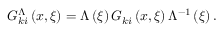
{ \cal G } _ { k i } ^ { \Lambda } \left( { x , \xi } \right) = \Lambda \left( \xi \right) { \cal G } _ { k i } \left( { x , \xi } \right) \Lambda ^ { - 1 } \left( \xi \right) .